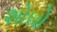
શોઘો